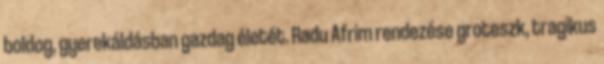
boldog, gyerekáldásban gazdag életét. Radu Afrim rendezése groteszk, tragikus